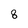
Character: 8